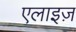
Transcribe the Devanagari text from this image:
एलाइज़